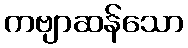
ကဗျာဆန်သော